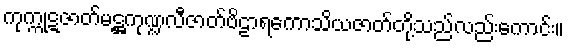
ကုက္ကုဋဇာတ်မဋ္ဌကုဏ္ဍလီဇာတ်ဗိဠာရကောသိယဇာတ်တို့သည်လည်းကောင်း။